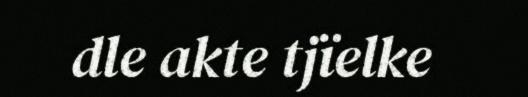
dle akte tjïelke